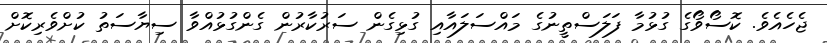
ޖެހެއެވެ. ކޮސޯވޯގެ ގުޅުމާ ފަލަސްތީނުގެ މައްސަލައާއި ގުޅިގެން ސަރުކާރުން ގެންގުޅުއްވާ ސިޔާސަތު ކުށްވެރިކޮށް